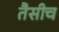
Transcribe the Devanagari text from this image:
तैसीच